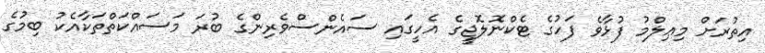
އިތުރަށް މިޢިލްމު ފުޅާވެ ފަހުގެ ޓެކްނޮލޮޖީގެ އެހީގައި ސައެންސްވެރިންގެ ބުރަ މަސައްކަތްތަކާއެކު ބިމުގެ